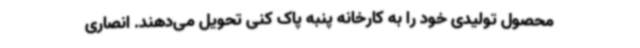
محصول تولیدی خود را به کارخانه پنبه پاک کنی تحویل می‌دهند. انصاری